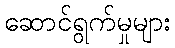
ဆောင်ရွက်မှုများ